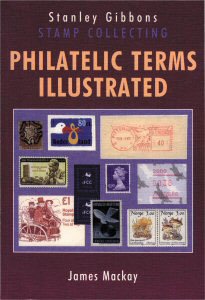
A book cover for Philatelic Terms Illustrated; Dr James MacKay; Crafts, Hobbies & Home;